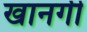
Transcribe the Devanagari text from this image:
खानगी